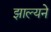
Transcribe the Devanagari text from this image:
झाल्यने